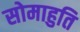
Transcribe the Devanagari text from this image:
सोमाहुति